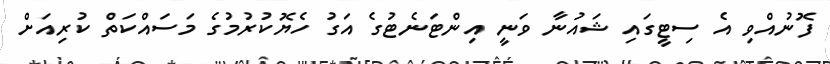
ފޮނުއްވި އެ ސިޓީގައި ޝައުނާ ވަނީ އިންޓަނެޓުގެ އަގު ހެޔޮކުރުމުގެ މަސައްކަތް ކުރިއަށް